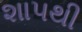
શાપથી